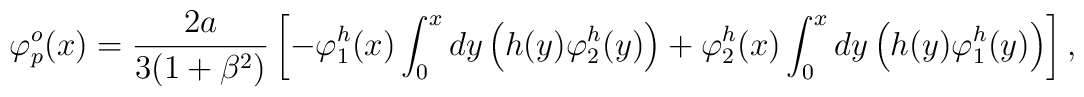
\varphi_p^o (x) = {{2a} \over {3(1+\beta^2)}} \left[ - \varphi^h_1(x) \int ^x_0 dy \left( h(y) \varphi^h_2 (y) \right) + \varphi^h_2 (x) \int^x_0 dy \left( h(y) \varphi^h_1(y) \right) \right] ,